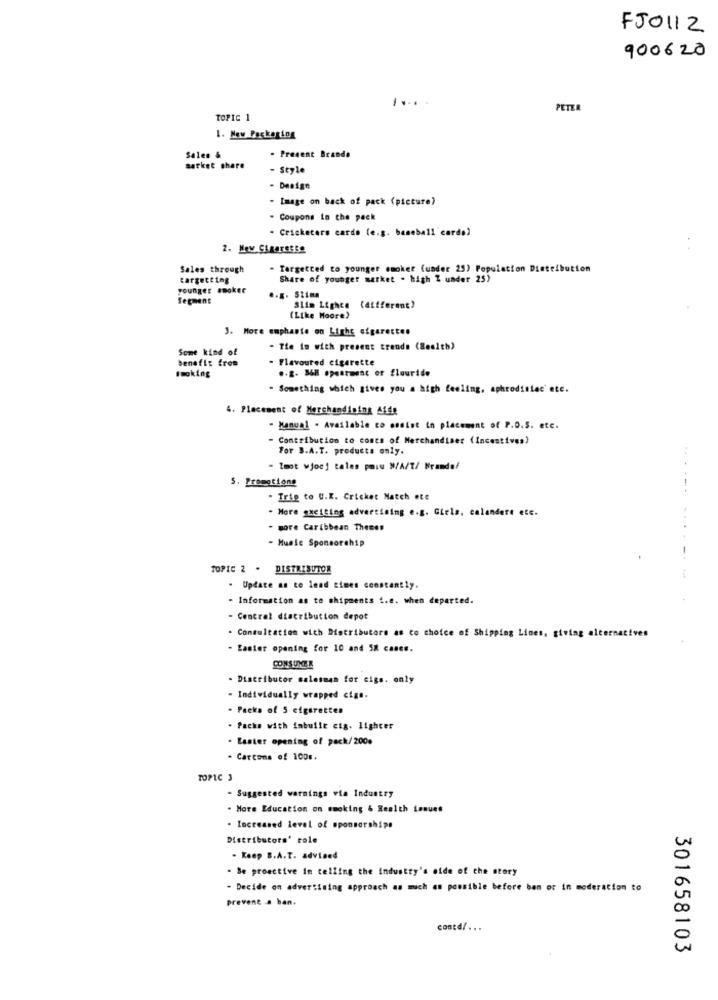
FJO112
900620
PETER
TOPIC 1
1. New Packaging
Sales &
- Present Brands
Barket chere
Style
Design
Image on back of pack (picture)
. Coupons in the pack
- Cricketers cardo (e.g. baseball cards)
2. How Cigaresse
Sales through
. Targetted to younger esmoker (under 25) Population Distribution
targetting
Share of younger market . high Z under 25)
younger smoker
Segment
.. E. STima
Slim Lighce
(different?
(Like Moore)
3. More emphante on Liche cigarettes
Some kind of
- Tie is with present trends (8ealth)
benefit from
Flavoured cigarette
.- 2- 36E spearment of flouride
Smoking
- Something which gives you a high feeling, aphrodisiac' ete.
4. Placement of Merchandising Afde
- Manual . Available to assist in placement of P.O.S. etc.
Contribution to concs of Merchandiser (Incestives)
For B.A.T. products only.
Imot wjoc] tales posu N/A/T/ Kranda!
5. Promotions
---
. Trip to U.K. Cricket Match "te
. More guciting advertising e.g. Girls, calandere etc.
- more Caribbean Thenes
- Muale Sponsorship
TOPIC 2 . DISTRIBUTOR
. Update an to lend times constantly.
- Information as to shipments !. e. when departed.
- Central distribution depot
. Consultation with Distributore as co choice of Shipping Lines, giving alternatives
Lasier opening for 10 and SK cases.
CONSUMER
Distributor salesman for cigs. only
- Individually wrapped ciae.
- Packs of 5 cigarettes
. Packs with imbuilt cig. lighter
. Laster opening of pack/200.
- Carcons of 100m.
TOPIC 3
- Suggested warnings via Industry
. More Education on smoking & Health issues
- Increased level of sponsorships
Distributors' role
- Keep B.A.T. advised
. Be proactive in telling the industry's oide of the story
- Decide on advertising approach as much as possible before bem or in moderation to
prevent .. ban.
contd/ . . .
301658103